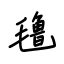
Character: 氇